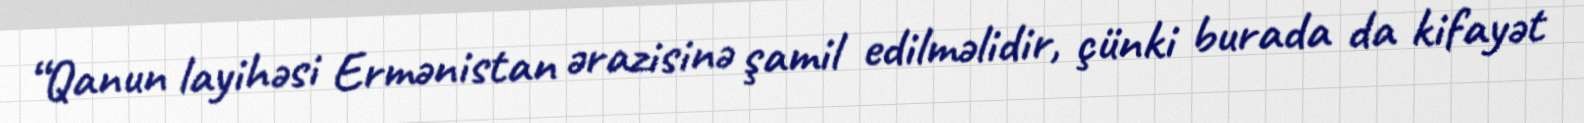
“Qanun layihəsi Ermənistan ərazisinə şamil edilməlidir, çünki burada da kifayət